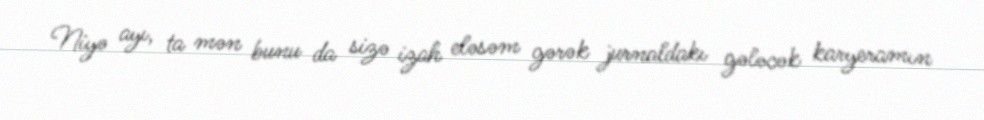
Niyə ayı, ta mən bunu da sizə izah eləsəm gərək jurnaldakı gələcək karyeramın